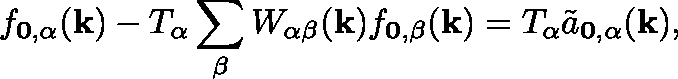
f _ { \mathbf { 0 } , \alpha } ( \mathbf { k } ) - T _ { \alpha } \sum _ { \beta } W _ { \alpha \beta } ( \mathbf { k } ) f _ { \mathbf { 0 , \beta } } ( \mathbf { k } ) = T _ { \alpha } \Tilde { a } _ { \mathbf { 0 } , \alpha } ( \mathbf { k } ) ,